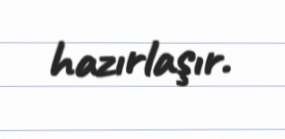
hazırlaşır.